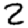
Digit: 2